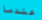
عندما